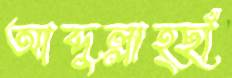
আব্দুল্লাহ্ছাঁ